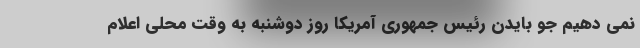
نمی دهیم جو بایدن رئیس جمهوری آمریکا روز دوشنبه به وقت محلی اعلام